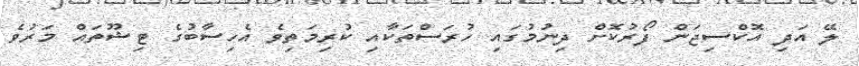
ލޭ އަދި އޮކްސިޖަން ފޯރުކޮށް ދިނުމުގައި ހުރަސްތަކާއި ކުރިމަތިވެ އެހިސާބުގެ ޓިޝޫތައް މަރުވެ